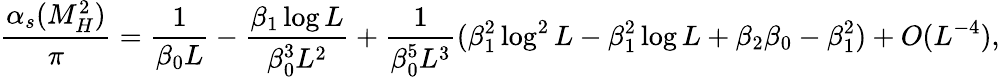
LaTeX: \frac{\alpha_{s}(M_{H}^{2})}{\pi}=\frac{1}{\beta_{0}L}-\frac{\beta_{1}\log L}{\beta_{0}^{3}L^{2}}+\frac{1}{\beta_{0}^{5}L^{3}}(\beta_{1}^{2}\log^{2}L-\beta_{1}^{2}\log L+\beta_{2}\beta_{0}-\beta_{1}^{2})+O(L^{-4}),